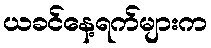
ယခင်နေ့ရက်များက